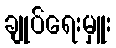
ချုပ်ရေးမှူး